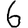
Digit: 6